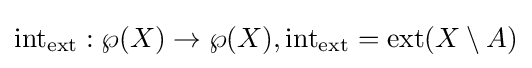
\operatorname {int} _{\operatorname {ext} }:\wp (X)\to \wp (X),\operatorname {int} _{\operatorname {ext} }=\operatorname {ext} (X\setminus A)